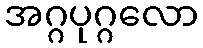
အဂ္ဂပုဂ္ဂလော